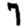
Digit: 7